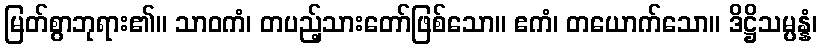
မြတ်စွာဘုရား၏။ သာဝကံ၊ တပည့်သားတော်ဖြစ်သော။ ဧကံ၊ တယောက်သော။ ဒိဋ္ဌိသမ္ပန္နံ၊